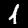
Digit: 1